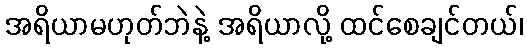
အရိယာမဟုတ်ဘဲနဲ့ အရိယာလို့ ထင်စေချင်တယ်၊